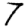
Digit: 7